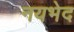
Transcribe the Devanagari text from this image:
नयभेद